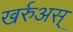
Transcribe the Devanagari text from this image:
खर्रुअस्